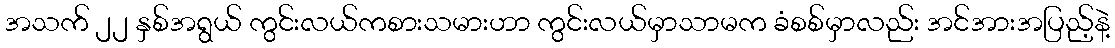
အသက် ၂၂ နှစ်အရွယ် ကွင်းလယ်ကစားသမားဟာ ကွင်းလယ်မှာသာမက ခံစစ်မှာလည်း အင်အားအပြည့်နဲ့